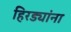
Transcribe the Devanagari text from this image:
हिरड्यांना